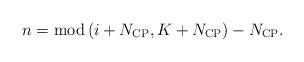
LaTeX: \begin{align*} n = {\rm mod} \left( {i + {N_{{\rm{CP}}}},K + {N_{{\rm{CP}}}}} \right) - {N_{{\rm{CP}}}}. \end{align*}